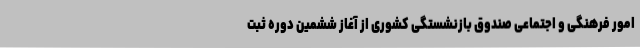
امور فرهنگی و اجتماعی صندوق بازنشستگی کشوری از آغاز ششمین دوره ثبت